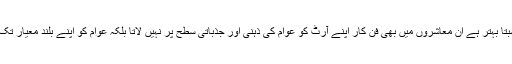
جن قوموں میں تعلیم کا معیار نسبتاً بہتر ہے اُن معاشروں میں بھی فن کار اپنے آرٹ کو عوام کی ذہنی اور جذباتی سطح پر نہیں لاتا بلکہ عوام کو اپنے بلند معیار تک لے جانے کی کوشش کرتا ہے۔